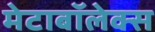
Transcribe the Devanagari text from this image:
मेटाबॉलेक्स